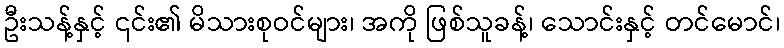
ဦးသန့်နှင့် ၎င်း၏ မိသားစုဝင်များ၊ အကို ဖြစ်သူခန့်၊ သောင်းနှင့် တင်မောင်၊